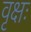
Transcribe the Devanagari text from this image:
वृक्षः